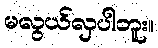
မလွယ်လှပါဘူး။